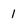
Character: 1